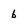
Character: b